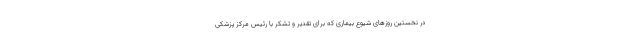
در نخستین روزهای شیوع بیماری که برای تقدیر و تشکر با رئیس مرکز پزشکی